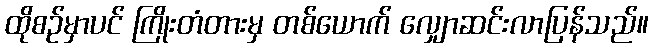
ထိုစဉ်မှာပင် ကြိုးတံတားမှ တစ်ယောက် လျှောဆင်းလာပြန်သည်။